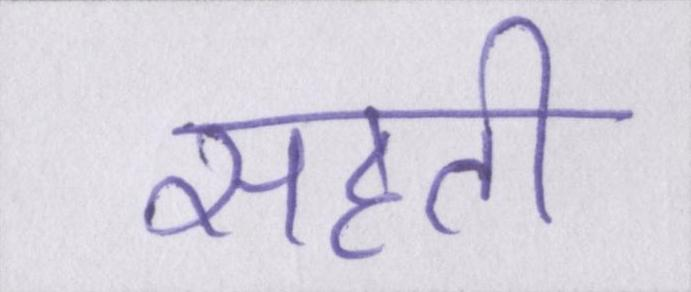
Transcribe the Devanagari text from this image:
सहती